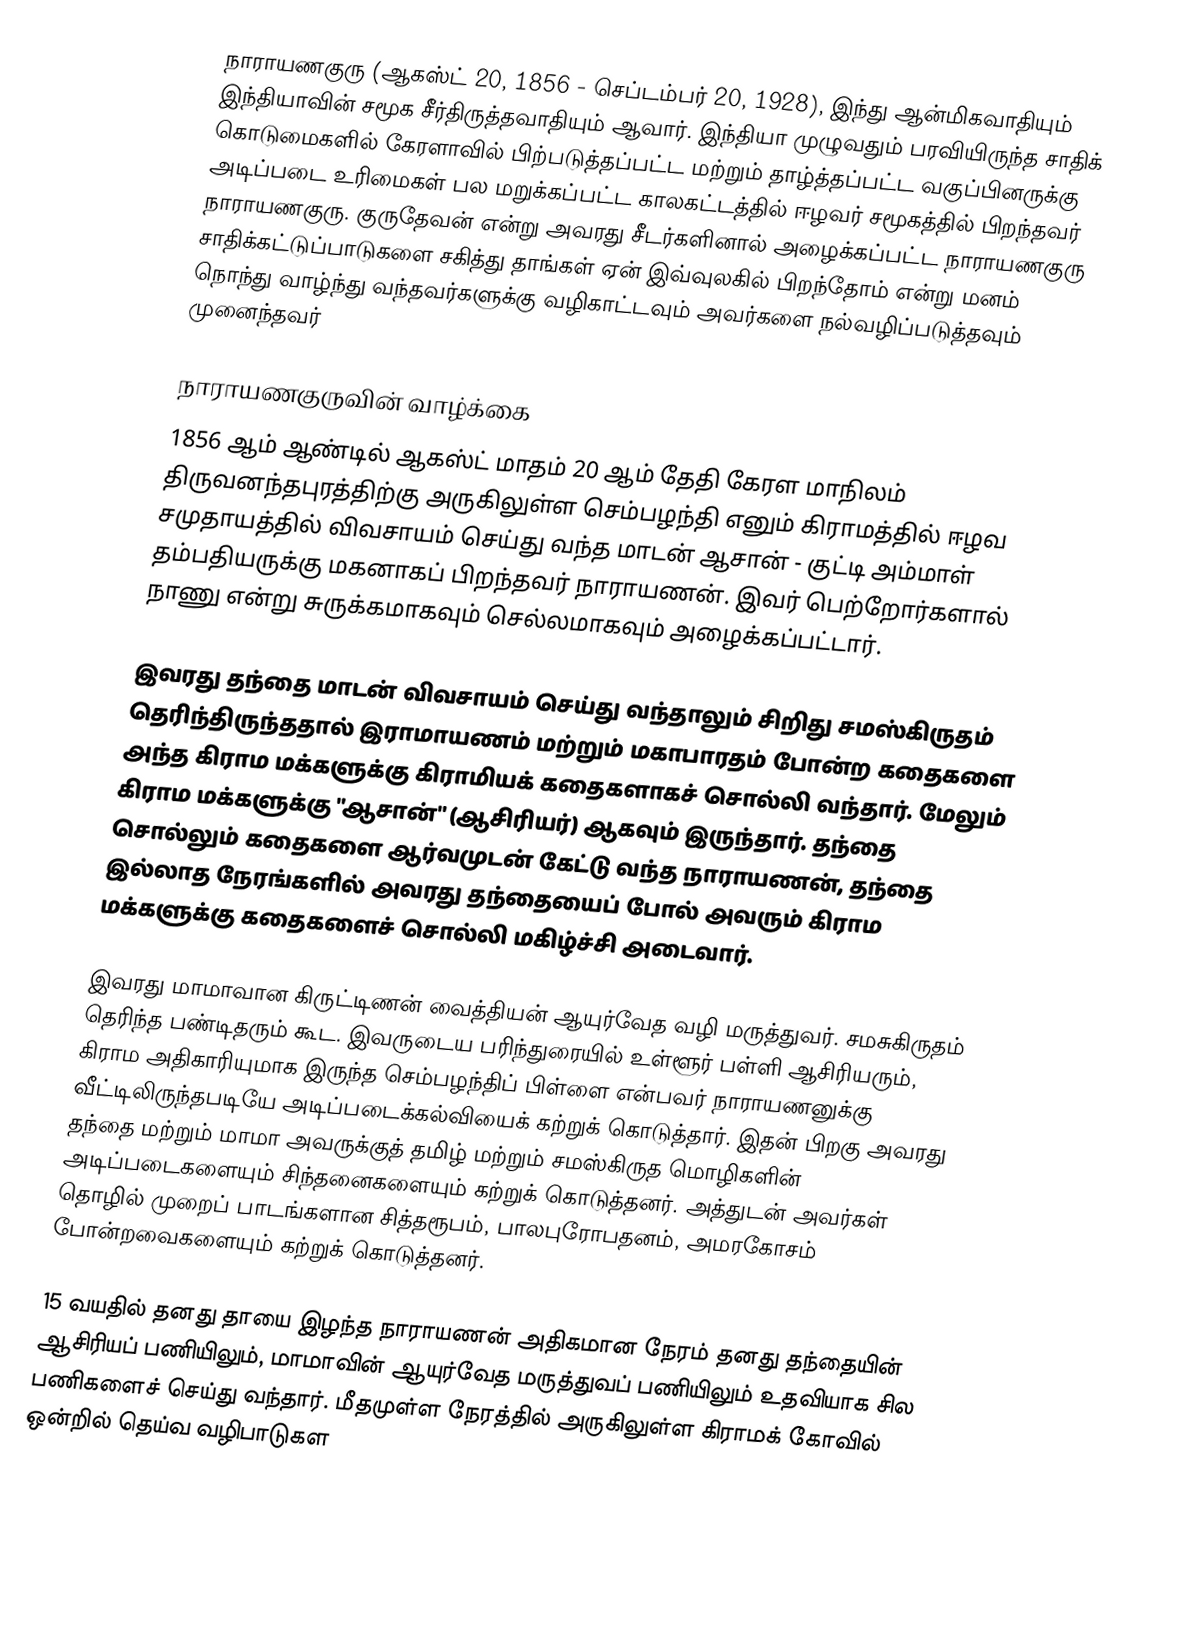
நாராயணகுரு (ஆகஸ்ட் 20, 1856 - செப்டம்பர் 20, 1928), இந்து ஆன்மிகவாதியும் இந்தியாவின் சமூக சீர்திருத்தவாதியும் ஆவார். இந்தியா முழுவதும் பரவியிருந்த சாதிக் கொடுமைகளில் கேரளாவில் பிற்படுத்தப்பட்ட மற்றும் தாழ்த்தப்பட்ட வகுப்பினருக்கு அடிப்படை உரிமைகள் பல மறுக்கப்பட்ட காலகட்டத்தில் ஈழவர் சமூகத்தில் பிறந்தவர் நாராயணகுரு. குருதேவன் என்று அவரது சீடர்களினால் அழைக்கப்பட்ட நாராயணகுரு சாதிக்கட்டுப்பாடுகளை சகித்து தாங்கள் ஏன் இவ்வுலகில் பிறந்தோம் என்று மனம் நொந்து வாழ்ந்து வந்தவர்களுக்கு வழிகாட்டவும் அவர்களை நல்வழிப்படுத்தவும் முனைந்தவர்

நாராயணகுருவின் வாழ்க்கை
1856 ஆம் ஆண்டில் ஆகஸ்ட் மாதம் 20 ஆம் தேதி கேரள மாநிலம் திருவனந்தபுரத்திற்கு அருகிலுள்ள செம்பழந்தி எனும் கிராமத்தில் ஈழவ சமுதாயத்தில் விவசாயம் செய்து வந்த மாடன் ஆசான் - குட்டி அம்மாள் தம்பதியருக்கு மகனாகப் பிறந்தவர் நாராயணன். இவர் பெற்றோர்களால் நாணு என்று சுருக்கமாகவும் செல்லமாகவும் அழைக்கப்பட்டார்.

இவரது தந்தை மாடன் விவசாயம் செய்து வந்தாலும் சிறிது சமஸ்கிருதம் தெரிந்திருந்ததால் இராமாயணம் மற்றும் மகாபாரதம் போன்ற கதைகளை அந்த கிராம மக்களுக்கு கிராமியக் கதைகளாகச் சொல்லி வந்தார். மேலும் கிராம மக்களுக்கு "ஆசான்" (ஆசிரியர்) ஆகவும் இருந்தார். தந்தை சொல்லும் கதைகளை ஆர்வமுடன் கேட்டு வந்த நாராயணன், தந்தை இல்லாத நேரங்களில் அவரது தந்தையைப் போல் அவரும் கிராம மக்களுக்கு கதைகளைச் சொல்லி மகிழ்ச்சி அடைவார்.

இவரது மாமாவான கிருட்டிணன் வைத்தியன் ஆயுர்வேத வழி மருத்துவர். சமசுகிருதம் தெரிந்த பண்டிதரும் கூட. இவருடைய பரிந்துரையில் உள்ளூர் பள்ளி ஆசிரியரும், கிராம அதிகாரியுமாக இருந்த செம்பழந்திப் பிள்ளை என்பவர் நாராயணனுக்கு வீட்டிலிருந்தபடியே அடிப்படைக்கல்வியைக் கற்றுக் கொடுத்தார். இதன் பிறகு அவரது தந்தை மற்றும் மாமா அவருக்குத் தமிழ் மற்றும் சமஸ்கிருத மொழிகளின் அடிப்படைகளையும் சிந்தனைகளையும் கற்றுக் கொடுத்தனர். அத்துடன் அவர்கள் தொழில் முறைப் பாடங்களான சித்தரூபம், பாலபுரோபதனம், அமரகோசம் போன்றவைகளையும் கற்றுக் கொடுத்தனர்.

15 வயதில் தனது தாயை இழந்த நாராயணன் அதிகமான நேரம் தனது தந்தையின் ஆசிரியப் பணியிலும், மாமாவின் ஆயுர்வேத மருத்துவப் பணியிலும் உதவியாக சில பணிகளைச் செய்து வந்தார். மீதமுள்ள நேரத்தில் அருகிலுள்ள கிராமக் கோவில் ஒன்றில் தெய்வ வழிபாடுகள